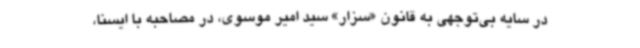
در سایه بی‌توجهی به قانون «سزار» سید امیر موسوی، در مصاحبه با ایسنا،